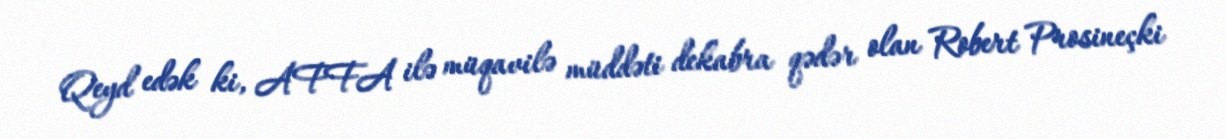
Qeyd edək ki, AFFA ilə müqavilə müddəti dekabra qədər olan Robert Prosineçki